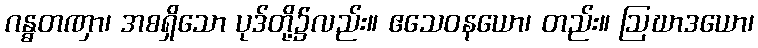
ဂန္ဓတဏှာ၊ အစရှိသော ပုဒ်တို့၌လည်း။ ဧသေဝနယော၊ တည်း။ ဩဃာဒယော၊